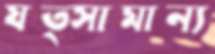
যত্সামান্য